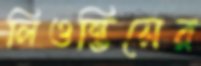
লিওন্তিসের